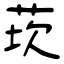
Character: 莰